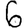
Digit: 6